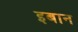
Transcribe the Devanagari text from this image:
इबान